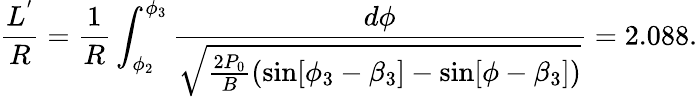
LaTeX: \frac{L^{'}}{R}=\frac{1}{R}\int_{\phi_{2}}^{\phi_{3}}\frac{d\phi}{\sqrt{\frac{2P_{0}}{B}(\sin[\phi_{3}-\beta_{3}]-\sin[\phi-\beta_{3}])}}=2.088.